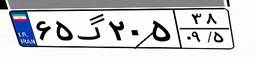
۶۵گ۲۰۵۳۸